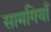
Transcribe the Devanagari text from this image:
सामगियाँ